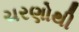
ચરણોથી